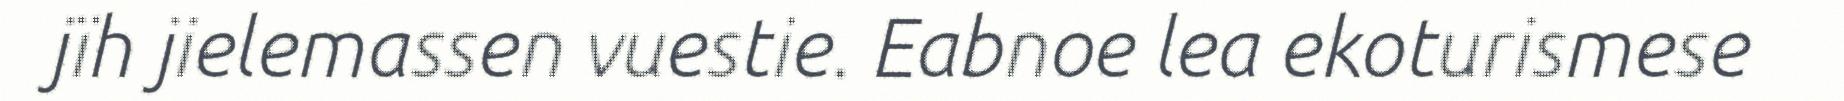
jïh jielemassen vuestie. Eabnoe lea ekoturismese